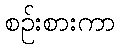
စဉ်းစားကာ